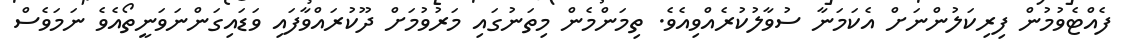
ފެއްޓެވުމުން ފިރިކަލުންނަށް އެކަމަނާ ސުވާލުކުރެއްވިއެވެ. ތިމަންމެން މިތަނުގައި މަރުވުމަށް ދޫކުރައްވާފައި ވަޑައިގަންނަވަނީތޯއެވެ ނަމަވެސް